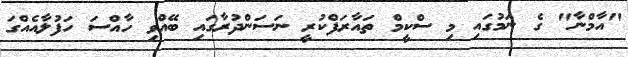
"އާމްނާ" ގެ ނަމުގައި މި ސްކީމް ތައާރަފްކުރީ ނަސަންދުރާގައި ބޭއްވި ހާއްސަ ހަފުލާއެއްގަ